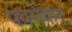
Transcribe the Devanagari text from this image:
पवनेकर